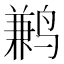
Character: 鹣